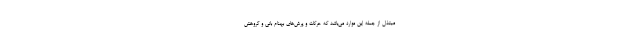
مبتذل از جمله این موارد می‌باشد که حرکات و پرش‌های بهنام بانی و گروهش